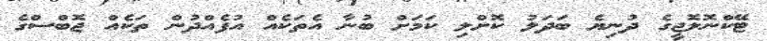
ޓޭކްނޮލޮޖީގެ ދުނިޔެ ބަދަލު ކޮށްލި ކަމަށް ބުނާ އެތަކެއް އުފެއްދުން ތަކެއް ޖޮބްސްގެ